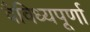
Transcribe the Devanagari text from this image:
वैविध्यपूर्णा